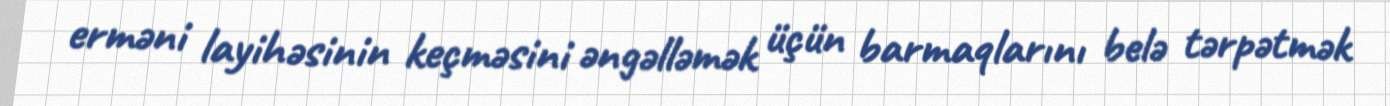
erməni layihəsinin keçməsini əngəlləmək üçün barmaqlarını belə tərpətmək